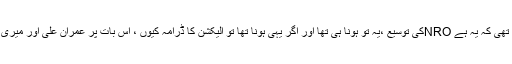
دل کی تسلی فقط اسی فقرے میں تھی کہ یہ ہے NROکی توسیع ،یہ تو ہونا ہی تھا اور اگر یہی ہونا تھا تو الیکشن کا ڈرامہ کیوں ، اس بات پر عمران علی اور میری دھواں دھار بحث شروع ہوگئی ۔